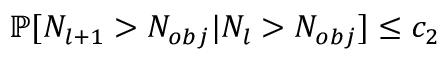
\mathbb { P } [ N _ { l + 1 } > N _ { o b j } | N _ { l } > N _ { o b j } ] \le c _ { 2 }